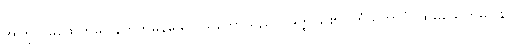
အကြင် မဖောက်မပြန်ဟုတ်မှန်သော သဘောသည်။ အတ္ထိ၊ ရှိ၏။ တံသဘာဝံ၊ ထိုမဖောက်မပြန်